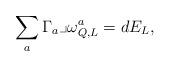
LaTeX: \begin{align*}\sum_a \Gamma_a\lrcorner \omega_{Q,L}^a=dE_L, \end{align*}